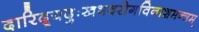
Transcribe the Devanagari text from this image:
दारिद्र्यदुःखभवरोगविनाशमन्त्रम्